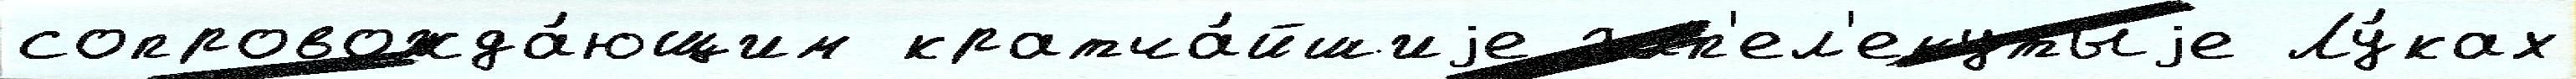
сопровожда́ющим кратча́йшиjе зап'ел'енутыjе Лу́ках